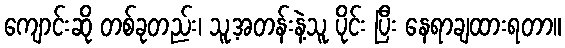
ကျောင်းဆို တစ်ခုတည်း၊ သူ့အတန်းနဲ့သူ ပိုင်း ပြီး နေရာချထားရတာ။